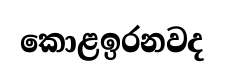
කොළඉරනවද